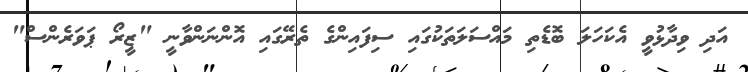
އަދި ވިދާޅުވީ އެކަހަލަ ބޮޑެތި މައްސަލަތަކުގައި ސިފައިންގެ ތެރޭގައި އޮންނަންވާނީ "ޒީރޯ ޕަވަރެންސް"